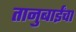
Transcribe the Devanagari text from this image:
तानुबाईंचा